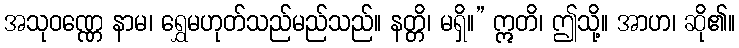
အသုဝဏ္ဏေ နာမ၊ ရွှေမဟုတ်သည်မည်သည်။ နတ္တိ၊ မရှိ။” ဣတိ၊ ဤသို့။ အာဟ၊ ဆို၏။